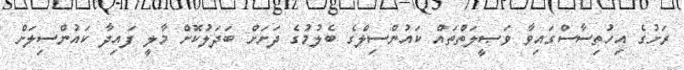
ރަށުގެ އިހުތިސާސްގައިވާ ވަޞީލަތްތައް ކައުންސިލްގެ ބެލުމުގެ ދަށަށް ބަދަލުކޮށް މާލީ ފައިދާ ކައުންސިލަށް